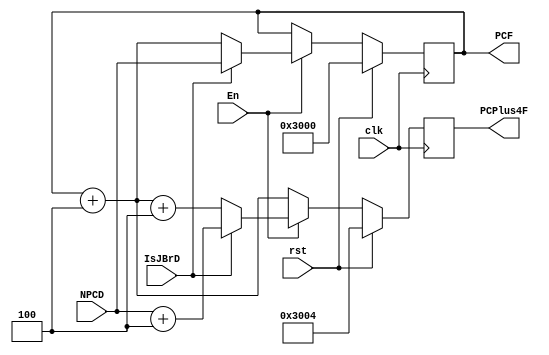
module PC(
  input               clk, rst, En,
  input               IsJBrD,				//
  input       [31:0]  NPCD,					//PC
  output  reg [31:0]  PCPlus4F, PCF			//PCPlus4FPCPCFPC
  );
  
  initial
  begin
    PCF <= 32'h00003000;
    PCPlus4F <= 32'h00003004;
  end
  
  always @(posedge clk)
  begin
    if (rst)
    begin
      PCF = 32'h00003000;
      PCPlus4F = PCF + 4;
    end
    else if (!En)
    begin
      PCF = PCF;
      PCPlus4F = PCF + 4;
    end
    else if (IsJBrD)
    begin
      PCF = NPCD;
      PCPlus4F = PCF + 4;
    end
    else
    begin
      PCF = PCF + 4;
      PCPlus4F = PCF + 4;
    end
  end
  
endmodule